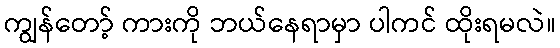
ကျွန်တော့် ကားကို ဘယ်နေရာမှာ ပါကင် ထိုးရမလဲ။